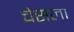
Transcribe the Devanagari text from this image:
चेसला